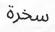
سخرة